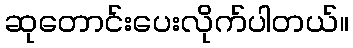
ဆုတောင်းပေးလိုက်ပါတယ်။